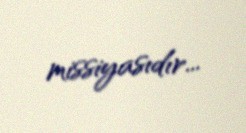
missiyasıdır...